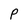
Character: P